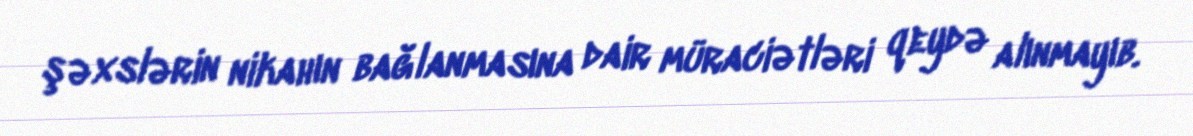
şəxslərin nikahın bağlanmasına dair müraciətləri qeydə alınmayıb.